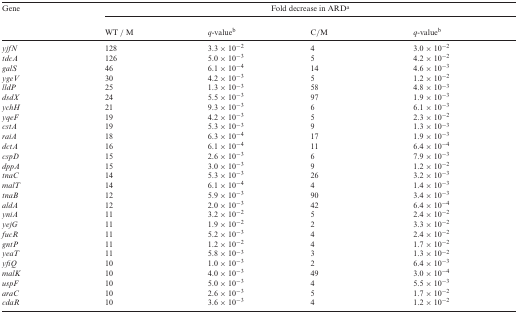
<table><thead><tr><td><b>Gene</b></td><td colspan="4"><b>Fold decrease in ARD<sup>a</sup></b></td></tr><tr><td></td><td><b>WT / M</b></td><td><b><i>q</i>-value<sup>b</sup></b></td><td><b>C/M</b></td><td><b><i>q</i>-value<sup>b</sup></b></td></tr></thead><tbody><tr><td><i>yjfN</i></td><td>128</td><td>3.3 × 10<sup>−2</sup></td><td>4</td><td>3.0 × 10<sup>−2</sup></td></tr><tr><td><i>tdcA</i></td><td>126</td><td>5.0 × 10<sup>−3</sup></td><td>5</td><td>4.2 × 10<sup>−2</sup></td></tr><tr><td><i>galS</i></td><td>46</td><td>6.1 × 10<sup>−4</sup></td><td>14</td><td>4.6 × 10<sup>−3</sup></td></tr><tr><td><i>ygeV</i></td><td>30</td><td>4.2 × 10<sup>−3</sup></td><td>5</td><td>1.2 × 10<sup>−2</sup></td></tr><tr><td><i>lldP</i></td><td>25</td><td>1.3 × 10<sup>−3</sup></td><td>58</td><td>4.8 × 10<sup>−3</sup></td></tr><tr><td><i>dsdX</i></td><td>24</td><td>5.5 × 10<sup>−3</sup></td><td>97</td><td>1.9 × 10<sup>−3</sup></td></tr><tr><td><i>ychH</i></td><td>21</td><td>9.3 × 10<sup>−3</sup></td><td>6</td><td>6.1 × 10<sup>−3</sup></td></tr><tr><td><i>yqeF</i></td><td>19</td><td>4.2 × 10<sup>−3</sup></td><td>5</td><td>2.3 × 10<sup>−2</sup></td></tr><tr><td><i>cstA</i></td><td>19</td><td>5.3 × 10<sup>−3</sup></td><td>9</td><td>1.3 × 10<sup>−3</sup></td></tr><tr><td><i>raiA</i></td><td>18</td><td>6.3 × 10<sup>−4</sup></td><td>17</td><td>1.9 × 10<sup>−3</sup></td></tr><tr><td><i>dctA</i></td><td>16</td><td>6.1 × 10<sup>−4</sup></td><td>11</td><td>6.4 × 10<sup>−4</sup></td></tr><tr><td><i>cspD</i></td><td>15</td><td>2.6 × 10<sup>−3</sup></td><td>6</td><td>7.9 × 10<sup>−3</sup></td></tr><tr><td><i>dppA</i></td><td>15</td><td>3.0 × 10<sup>−3</sup></td><td>9</td><td>1.2 × 10<sup>−2</sup></td></tr><tr><td><i>tnaC</i></td><td>14</td><td>5.3 × 10<sup>−3</sup></td><td>26</td><td>3.2 × 10<sup>−3</sup></td></tr><tr><td><i>malT</i></td><td>14</td><td>6.1 × 10<sup>−4</sup></td><td>4</td><td>1.4 × 10<sup>−3</sup></td></tr><tr><td><i>tnaB</i></td><td>12</td><td>5.9 × 10<sup>−3</sup></td><td>90</td><td>3.4 × 10<sup>−3</sup></td></tr><tr><td><i>aldA</i></td><td>12</td><td>2.0 × 10<sup>−3</sup></td><td>42</td><td>6.4 × 10<sup>−4</sup></td></tr><tr><td><i>yniA</i></td><td>11</td><td>3.2 × 10<sup>−2</sup></td><td>5</td><td>2.4 × 10<sup>−2</sup></td></tr><tr><td><i>yejG</i></td><td>11</td><td>1.9 × 10<sup>−2</sup></td><td>2</td><td>3.3 × 10<sup>−2</sup></td></tr><tr><td><i>fucR</i></td><td>11</td><td>5.2 × 10<sup>−3</sup></td><td>4</td><td>2.4 × 10<sup>−2</sup></td></tr><tr><td><i>gntP</i></td><td>11</td><td>1.2 × 10<sup>−2</sup></td><td>4</td><td>1.7 × 10<sup>−2</sup></td></tr><tr><td><i>yeaT</i></td><td>11</td><td>5.8 × 10<sup>−3</sup></td><td>3</td><td>1.3 × 10<sup>−2</sup></td></tr><tr><td><i>yfiQ</i></td><td>10</td><td>1.0 × 10<sup>−3</sup></td><td>2</td><td>6.4 × 10<sup>−3</sup></td></tr><tr><td><i>malK</i></td><td>10</td><td>4.0 × 10<sup>−3</sup></td><td>49</td><td>3.0 × 10<sup>−4</sup></td></tr><tr><td><i>uspF</i></td><td>10</td><td>5.0 × 10<sup>−3</sup></td><td>4</td><td>5.5 × 10<sup>−3</sup></td></tr><tr><td><i>araC</i></td><td>10</td><td>2.6 × 10<sup>−3</sup></td><td>5</td><td>1.7 × 10<sup>−2</sup></td></tr><tr><td><i>cdaR</i></td><td>10</td><td>3.6 × 10<sup>−3</sup></td><td>4</td><td>1.2 × 10<sup>−2</sup></td></tr></tbody></table>